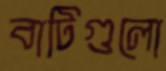
বাটিগুলো